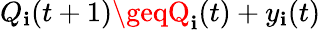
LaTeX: Q_{\mathbf{i}}(t+1)\geqQ_{\mathbf{i}}(t)+y_{\mathbf{i}}(t)